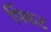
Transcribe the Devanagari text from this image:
पिंकट